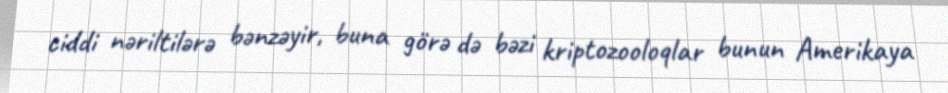
ciddi nəriltilərə bənzəyir, buna görə də bəzi kriptozooloqlar bunun Amerikaya